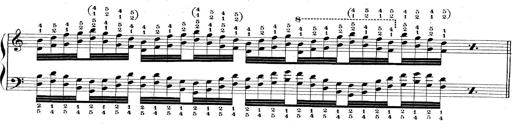
Title: Technische Studien
Composer: Franz Liszt